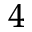
^ { 4 }